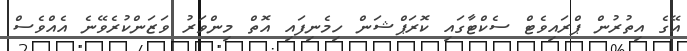
އޭގެ އިތުރުން ޕްރައިވެޓް ސެކްޓާގައި ކޮރަޕްޝަން ހިމެނިފައި އޮތް މިންވަރު ވަޒަންކުރެވޭނެ އެއްވެސް